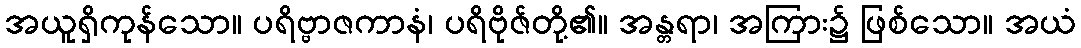
အယူရှိကုန်သော။ ပရိဗ္ဗာဇကာနံ၊ ပရိဗိုဇ်တို့၏။ အန္တရာ၊ အကြား၌ ဖြစ်သော။ အယံ